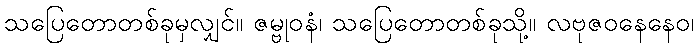
သပြေတောတစ်ခုမှလျှင်။ ဇမ္ဗုဝနံ၊ သပြေတောတစ်ခုသို့။ လဗုဇဝနေနေဝ၊